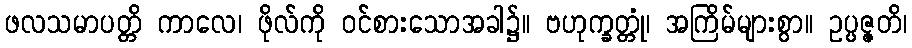
ဖလသမာပတ္တိ ကာလေ၊ ဖိုလ်ကို ဝင်စားသောအခါ၌။ ဗဟုက္ခတ္တုံ၊ အကြိမ်များစွာ။ ဥပ္ပဇ္ဇတိ၊